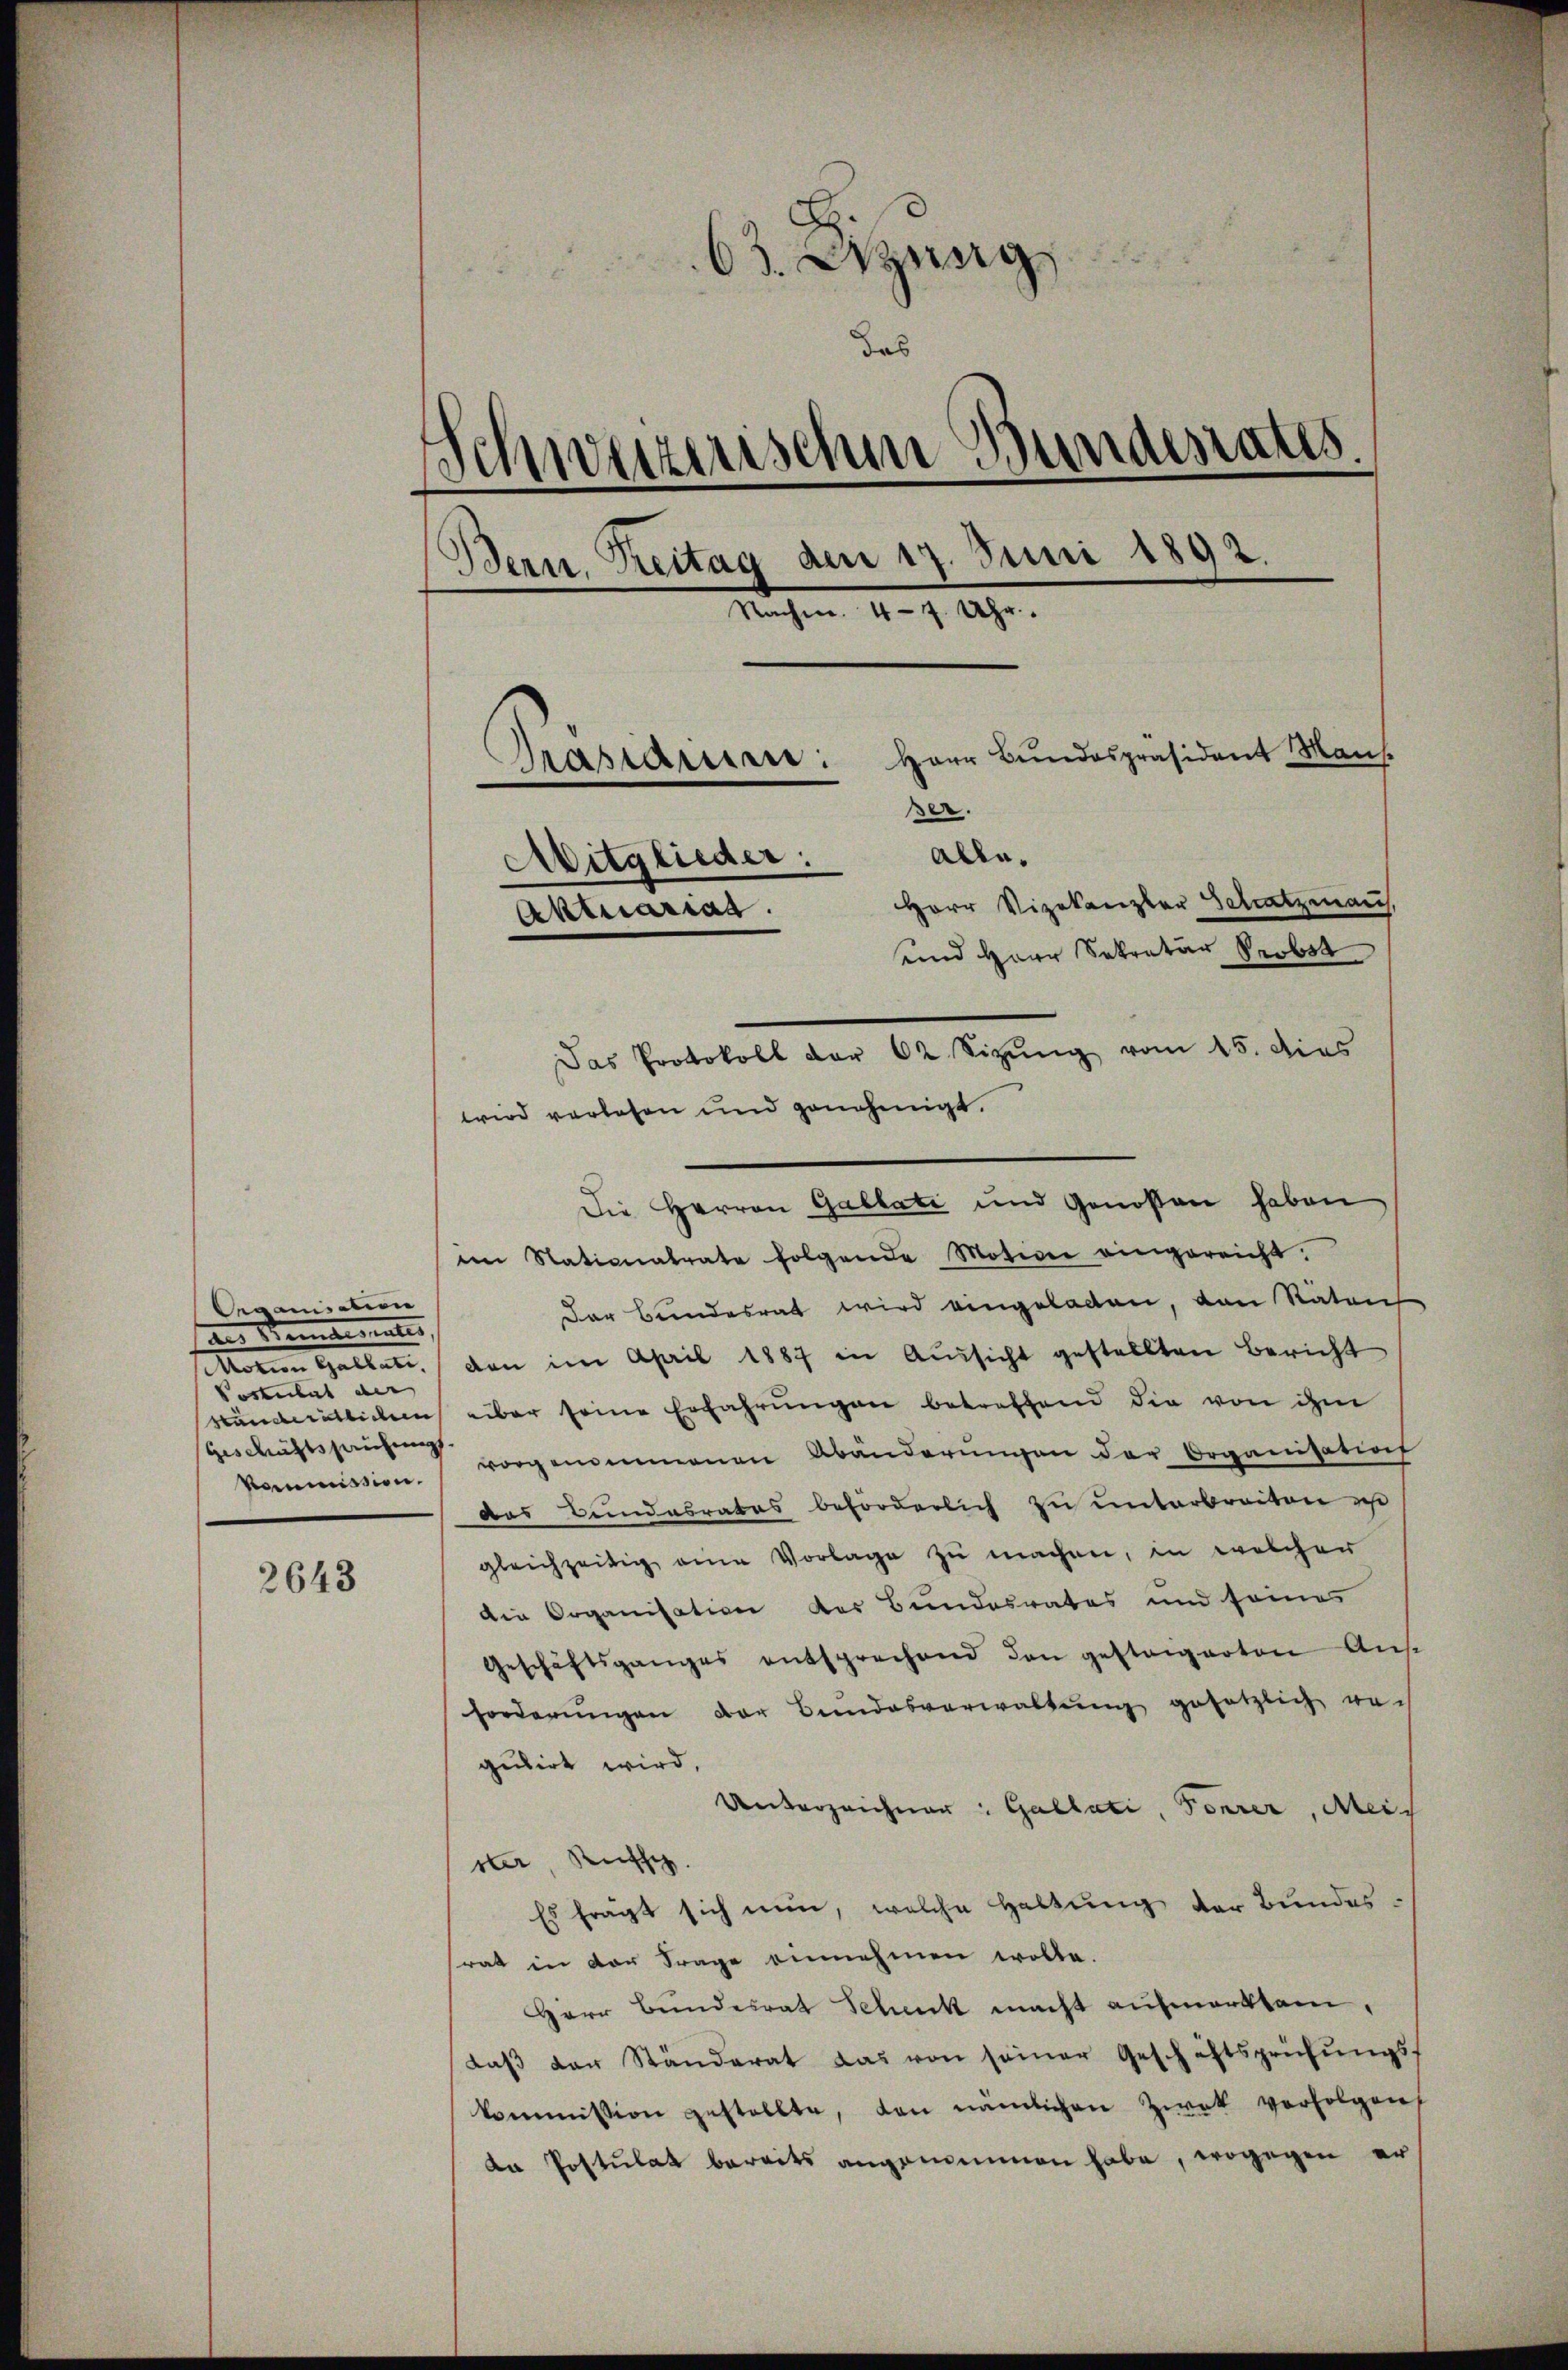
Organisation
ans Sentimatis
Feueren in eine eine
Postulat der |
Geschäftspruchungs
Kommission.

2643

63. Dizung
das
Schweizerischen Bundesrates.
Bern, Reitag den 17. Juni 1892.
Nachten 4. 9. 19.
Präsidiere: Herr Bundespräsident Mans.
Ber.
alle.
Aitglieder:
Aktuariat.

Herr Vizekanzler Schatzmann.
und Herr Sekretär Probst
Das Protokoll der 62. Sizung vom 15. dies
wird verlesen und genehmigt.
Die Herren Gablati und Genossen haben
im Stationalrate folgende Motion eingereicht.
Der Bundesrat wird eingeladen, von Räten
den im April 1887 in Aussicht gestellten Bericht
bänderätlichen über seine Erfahrungen betreffend die von ihm
vorgenommenen Abänderŭngen der Organisatios
das Bundesrates beförderlich zu unterbreiten is
gleichzeitig eine Vorlage zu machen, in welcher
die Organisation der Bundesrates und seines
Geschäftsganges entsprechend den gestangarten Ans
forderŭngen der Bundesverwaltŭng gesetzlich nach
gulirt wird,
Unterzeichner. Gallati, Forrer, Meis
ster, Russi
Es fragt sich nun, welche Haltung der Bundessrat in von Frage einnehmen wolle.
HHerr Bundesrat Schenk macht aufmerksam,
daβ der Ständerat das von seiner Geschäftsprüfŭngsf
kommission gestellte, den nämlichen Zwek verfolgen
da Postulat bereits angemeinen habe, wogegen er